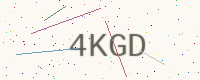
Text: 4KGD